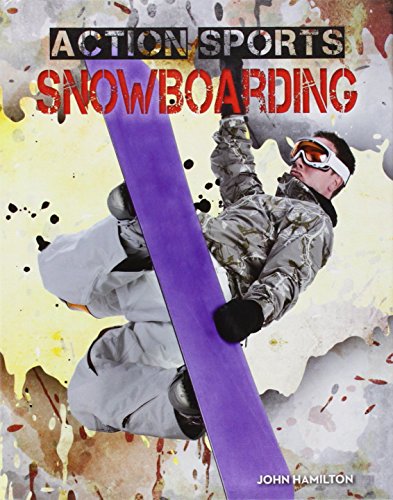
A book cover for Snowboarding (Action Sports (Abdo)); John Hamilton; Sports & Outdoors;